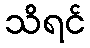
သိရင်